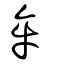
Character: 牟